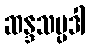
ဆန္ဒသမ္ပဒါ